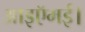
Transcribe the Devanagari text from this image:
आइऍमई।